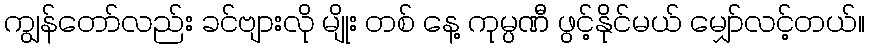
ကျွန်တော်လည်း ခင်ဗျားလို မျိုး တစ် နေ့ ကုမ္ပဏီ ဖွင့်နိုင်မယ် မျှော်လင့်တယ်။